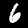
Label: 6